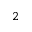
^ { 2 }